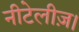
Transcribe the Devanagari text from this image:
नीटेलीज़।